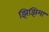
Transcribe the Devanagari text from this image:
झिझिमा